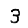
Digit: 3